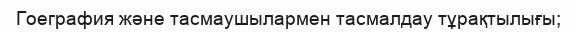
Гоеграфия және тасмаушылармен тасмалдау тұрақтылығы;